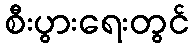
စီးပွားရေးတွင်